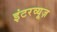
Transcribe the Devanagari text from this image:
इंटरव्यूज़